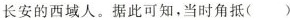
长安的西域人。据此可知，当时角抵()